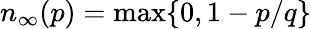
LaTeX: n_{\infty}(p)=\operatorname*{max}\{ 0,1-p/q\}